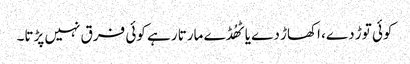
کوئی توڑ دے، اکھاڑ دے یا ٹھُڈے مارتا رہے کوئی فرق نہیں پڑتا۔